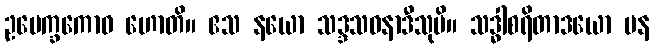
ဥပေက္ခကောဝ ဟောတိ။ ဧသ နယော သဒ္ဒသဝနာဒီသုပိ။ သဒ္ဓါစရိတာဒယော ပန